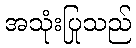
အသုံးပြုသည်